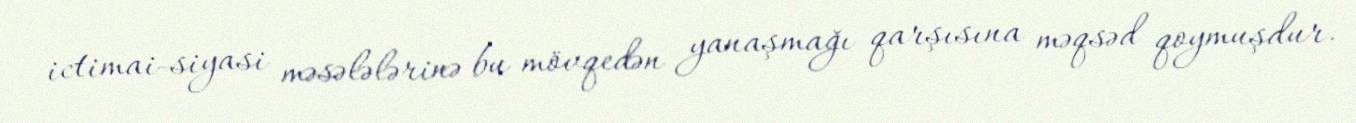
ictimai-siyasi məsələlərinə bu mövqedən yanaşmağı qarşısına məqsəd qoymuşdur.